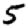
Digit: 5